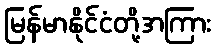
မြန်မာနိုင်ငံတို့အကြား